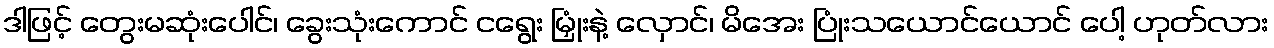
ဒါဖြင့် တွေးမဆုံးပေါင်၊ ခွေးသုံးကောင် ငရွေး မြှုံးနဲ့ လှောင်၊ မိအေး ပြုံးသယောင်ယောင် ပေါ့ ဟုတ်လား